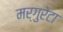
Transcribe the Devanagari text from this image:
मर्गुरेटा